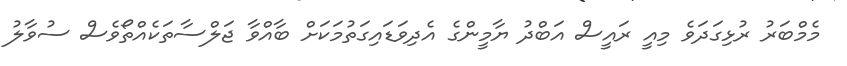
މެމްބަރު ރުޅިގަދަވެ މިއީ ރައީސް އަބްދު ޔާމީންގެ އެދިވަޑައިގަތުމަކަށް ބާއްވާ ޖަލްސާތަކެއްތޯވެސް ސުވާލު